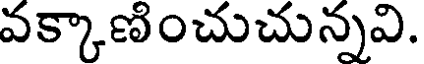
వక్కాణించుచున్నవి.